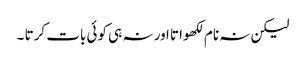
لیکن نہ نام لکھواتا اور نہ ہی کوئی بات کرتا ۔